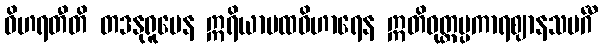
ဝိဟရတီတိ တဒနုရူပေန ဣရိယာပထဝိဟာရေန ဣတိဝုတ္တပ္ပကာရဈာနသမင်္ဂီ